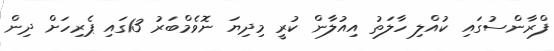
ފްރާންސުގައި ކުއްލި ހާލަތު އިއުލާން ކުރީ މިދިޔަ ނޮވެމްބަރު 13ގައި ޕެރިހަށް ދިން